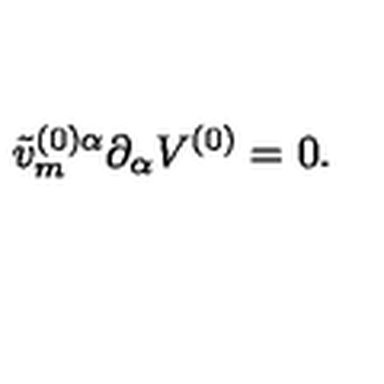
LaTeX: \tilde { v } _ { m } ^ { ( 0 ) \alpha } \partial _ { \alpha } V ^ { ( 0 ) } = 0 .